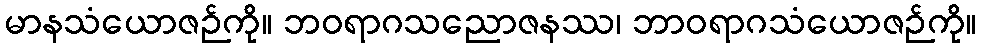
မာနသံယောဇဉ်ကို။ ဘဝရာဂသညောဇနဿ၊ ဘာဝရာဂသံယောဇဉ်ကို။